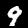
Label: 9